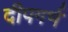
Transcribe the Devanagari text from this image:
दीपगर्भ